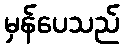
မှန်ပေသည်